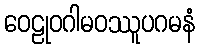
ဝေဠုဝဂါမဝဿူပဂမနံ